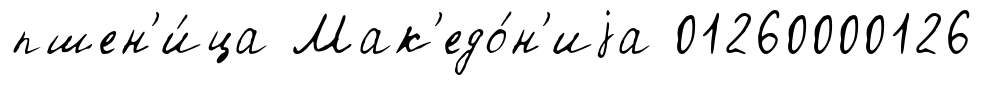
пшен'и́ца Мак'едо́н'иjа 01260000126